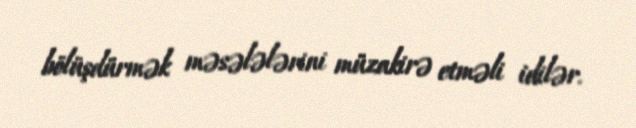
bölüşdürmək məsələlərini müzakirə etməli idilər.